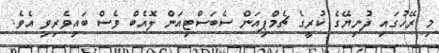
މި ރޭހުގައި ދުނިޔޭގެ ކުރީގެ ޗެމްޕިއަން ސެބަސްޓިއަން ލޮއެބް ވެސް ބައިވެރިވި އެވެ.